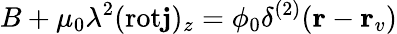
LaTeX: B+\mu_{0}\lambda^{2}(\mathrm{rot}{\mathbf j})_{z}=\phi_{0}\delta^{(2)}({\mathbf r}-{\mathbf r}_{v})